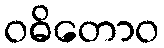
ဝဓိတောဝ